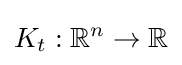
K_{t}:\mathbb {R} ^{n}\to \mathbb {R}